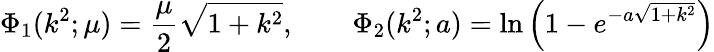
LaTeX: \Phi_{1}(k^{2};\mu)=\frac{\mu}{2}\sqrt{1+k^{2}},\qquad\Phi_{2}(k^{2};a)=\ln\left(1-e^{-a\sqrt{1+k^{2}}}\right)